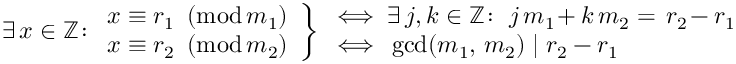
\ \left. \exists \, x \in \mathbb Z \! : \begin{array} { r } { x \equiv r _ { 1 } \! \! \! \pmod { \! m _ { 1 } } } \\ { x \equiv r _ { 2 } \! \! \! \pmod { \! m _ { 2 } } } \end{array} \right\} \begin{array} { l } { \! \iff \exists \, j , k \in \mathbb Z \! : \ j \, m _ { 1 } \! + k \, m _ { 2 } = \, r _ { 2 } \! - r _ { 1 } } \\ { \! \iff \, \operatorname* { g c d } ( m _ { 1 } , \, m _ { 2 } ) \mid r _ { 2 } - r _ { 1 } } \end{array}